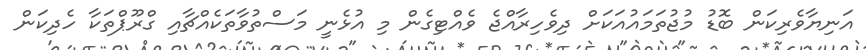
އަނިޔާވެރިކަން ބޮޑު މުޖުތަމައުއަކަށް ދިވެހިރާއްޖެ ވެއްޓިގެން މި އުޅެނީ މަސްތުވާތަކެއްޗާއި ގްރޫޕްތަކާ ހެދިކަން